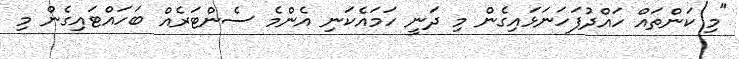
"މި ކަންތައް ހައްދުފަހަނަޅައިގެން މި ދަނީ ހަމައެކަނި އެންމެ ސެންޓަރެއް ބަހައްޓައިގެން މި